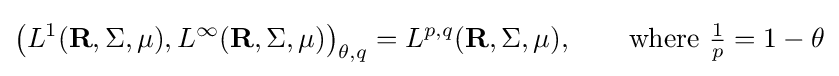
\left(L^{1}(\mathbf {R} ,\Sigma ,\mu ),L^{\infty }(\mathbf {R} ,\Sigma ,\mu )\right)_{\theta ,q}=L^{p,q}(\mathbf {R} ,\Sigma ,\mu ),\qquad {\text{where }}{\tfrac {1}{p}}=1-\theta